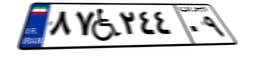
۶۷W۱۱۳۶۷